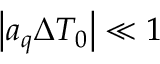
\big | a _ { q } \Delta T _ { 0 } \big | \ll 1